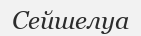
Сейшелуа